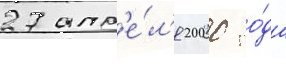
27 апр'е́л'я 2000 го́да